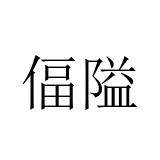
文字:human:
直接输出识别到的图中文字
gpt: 偪隘